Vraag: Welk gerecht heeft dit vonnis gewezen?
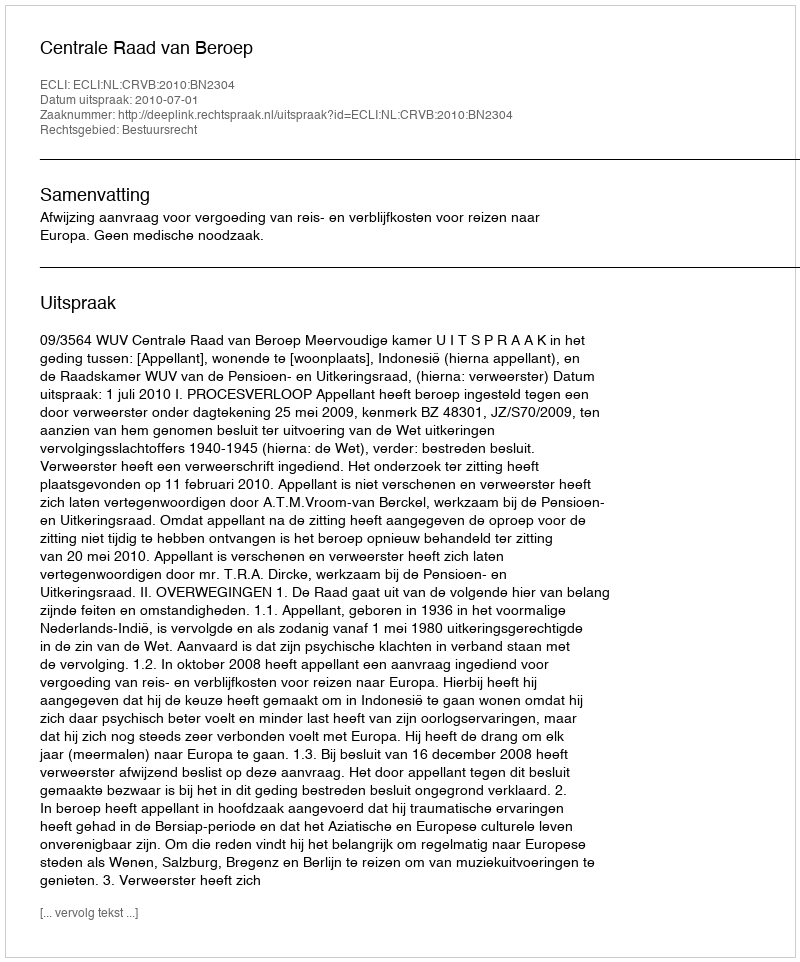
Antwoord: Centrale Raad van Beroep